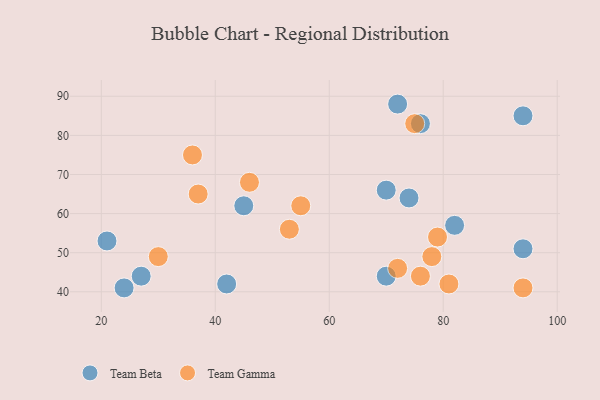
{"axis": {"x": "GDP", "y": "Life Expectancy"}, "legend": ["Team Beta", "Team Gamma"], "data": [{"x": "94", "y": 85, "type": "Team Beta"}, {"x": "21", "y": 53, "type": "Team Beta"}, {"x": "82", "y": 57, "type": "Team Beta"}, {"x": "70", "y": 44, "type": "Team Beta"}, {"x": "72", "y": 88, "type": "Team Beta"}, {"x": "45", "y": 62, "type": "Team Beta"}, {"x": "70", "y": 66, "type": "Team Beta"}, {"x": "42", "y": 42, "type": "Team Beta"}, {"x": "94", "y": 51, "type": "Team Beta"}, {"x": "74", "y": 64, "type": "Team Beta"}, {"x": "24", "y": 41, "type": "Team Beta"}, {"x": "76", "y": 83, "type": "Team Beta"}, {"x": "27", "y": 44, "type": "Team Beta"}, {"x": "46", "y": 68, "type": "Team Gamma"}, {"x": "76", "y": 44, "type": "Team Gamma"}, {"x": "53", "y": 56, "type": "Team Gamma"}, {"x": "72", "y": 46, "type": "Team Gamma"}, {"x": "30", "y": 49, "type": "Team Gamma"}, {"x": "37", "y": 65, "type": "Team Gamma"}, {"x": "78", "y": 49, "type": "Team Gamma"}, {"x": "79", "y": 54, "type": "Team Gamma"}, {"x": "75", "y": 83, "type": "Team Gamma"}, {"x": "94", "y": 41, "type": "Team Gamma"}, {"x": "55", "y": 62, "type": "Team Gamma"}, {"x": "36", "y": 75, "type": "Team Gamma"}, {"x": "81", "y": 42, "type": "Team Gamma"}]}